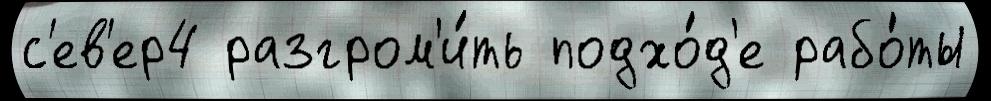
с'ев'ер4 разгром'и́ть подхо́д'е рабо́ты